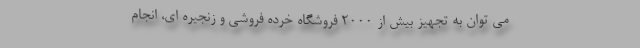
می توان به تجهیز بیش از 2000 فروشگاه خرده فروشی و زنجیره ای، انجام